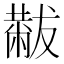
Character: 𫩋